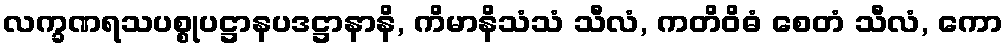
လက္ခဏရသပစ္စုပဋ္ဌာနပဒဋ္ဌာနာနိ, ကိမာနိသံသံ သီလံ, ကတိဝိဓံ စေတံ သီလံ, ကော